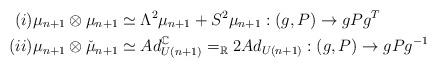
LaTeX: \begin{align*}(i)\mu_{n+1}\otimes\mu_{n+1} & \simeq\Lambda^{2}\mu_{n+1}+S^{2}\mu_{n+1}:(g,P)\rightarrow gPg^{T}\\(ii)\mu_{n+1}\otimes\check{\mu}_{n+1} & \simeq Ad_{U(n+1)}^{\mathbb{C}}=_{\mathbb{R}}2Ad_{U(n+1)}:(g,P)\rightarrow gPg^{-1}\end{align*}